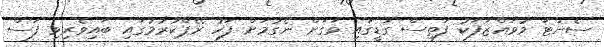
ސެންޓަ މުވައްޒަފަކު ފަތިސް ގަޑީގައި ވަގަށް ނެގުމަށް ފަހު ރޭޕްކުރުމުގައި ބައިވެރިވި ފަސް